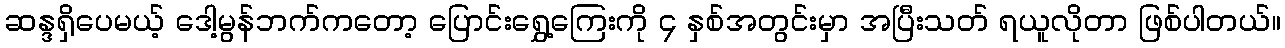
ဆန္ဒရှိပေမယ့် ဒေါ့မွန်ဘက်ကတော့ ပြောင်းရွှေ့ကြေးကို ၄ နှစ်အတွင်းမှာ အပြီးသတ် ရယူလိုတာ ဖြစ်ပါတယ်။